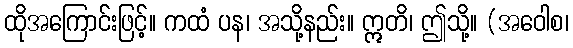
ထိုအကြောင်းဖြင့်။ ကထံ ပန၊ အသို့နည်း။ ဣတိ၊ ဤသို့။ (အဝေါစ၊